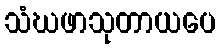
သံဃဖာသုတာယပေ